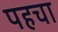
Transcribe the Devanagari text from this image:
पहचा